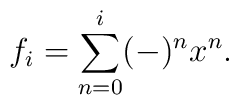
f_i  = \sum_{n=0}^{i} (-)^n x^n.